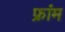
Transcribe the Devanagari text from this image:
फ्रांम